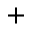
+